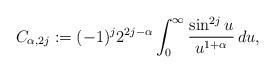
LaTeX: \begin{align*} C_{\alpha,2j}:=(-1)^j2^{2j-\alpha} \int_0^\infty \frac{\sin^{2j}u}{u^{1+\alpha}}\,du,\end{align*}